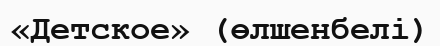
«Детское» (өлшенбелі)